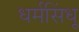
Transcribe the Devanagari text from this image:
धर्मसिंधू